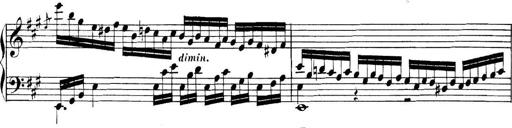
Title: Collected Piano Sonatas
Composer: Muzio Clementi